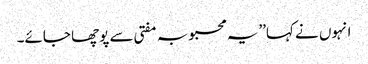
انہوں نے کہا’’یہ محبوبہ مفتی سے پوچھا جائے۔